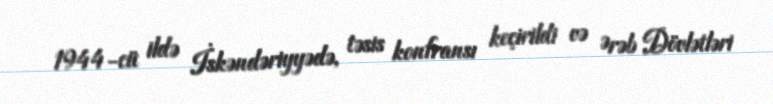
1944-cü ildə İskəndəriyyədə, təsis konfransı keçirildi və Ərəb Dövlətləri